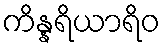
ကိန္နရိယာရိဝ